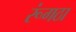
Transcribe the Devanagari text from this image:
रूंगठा